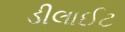
ડીલાઈટ